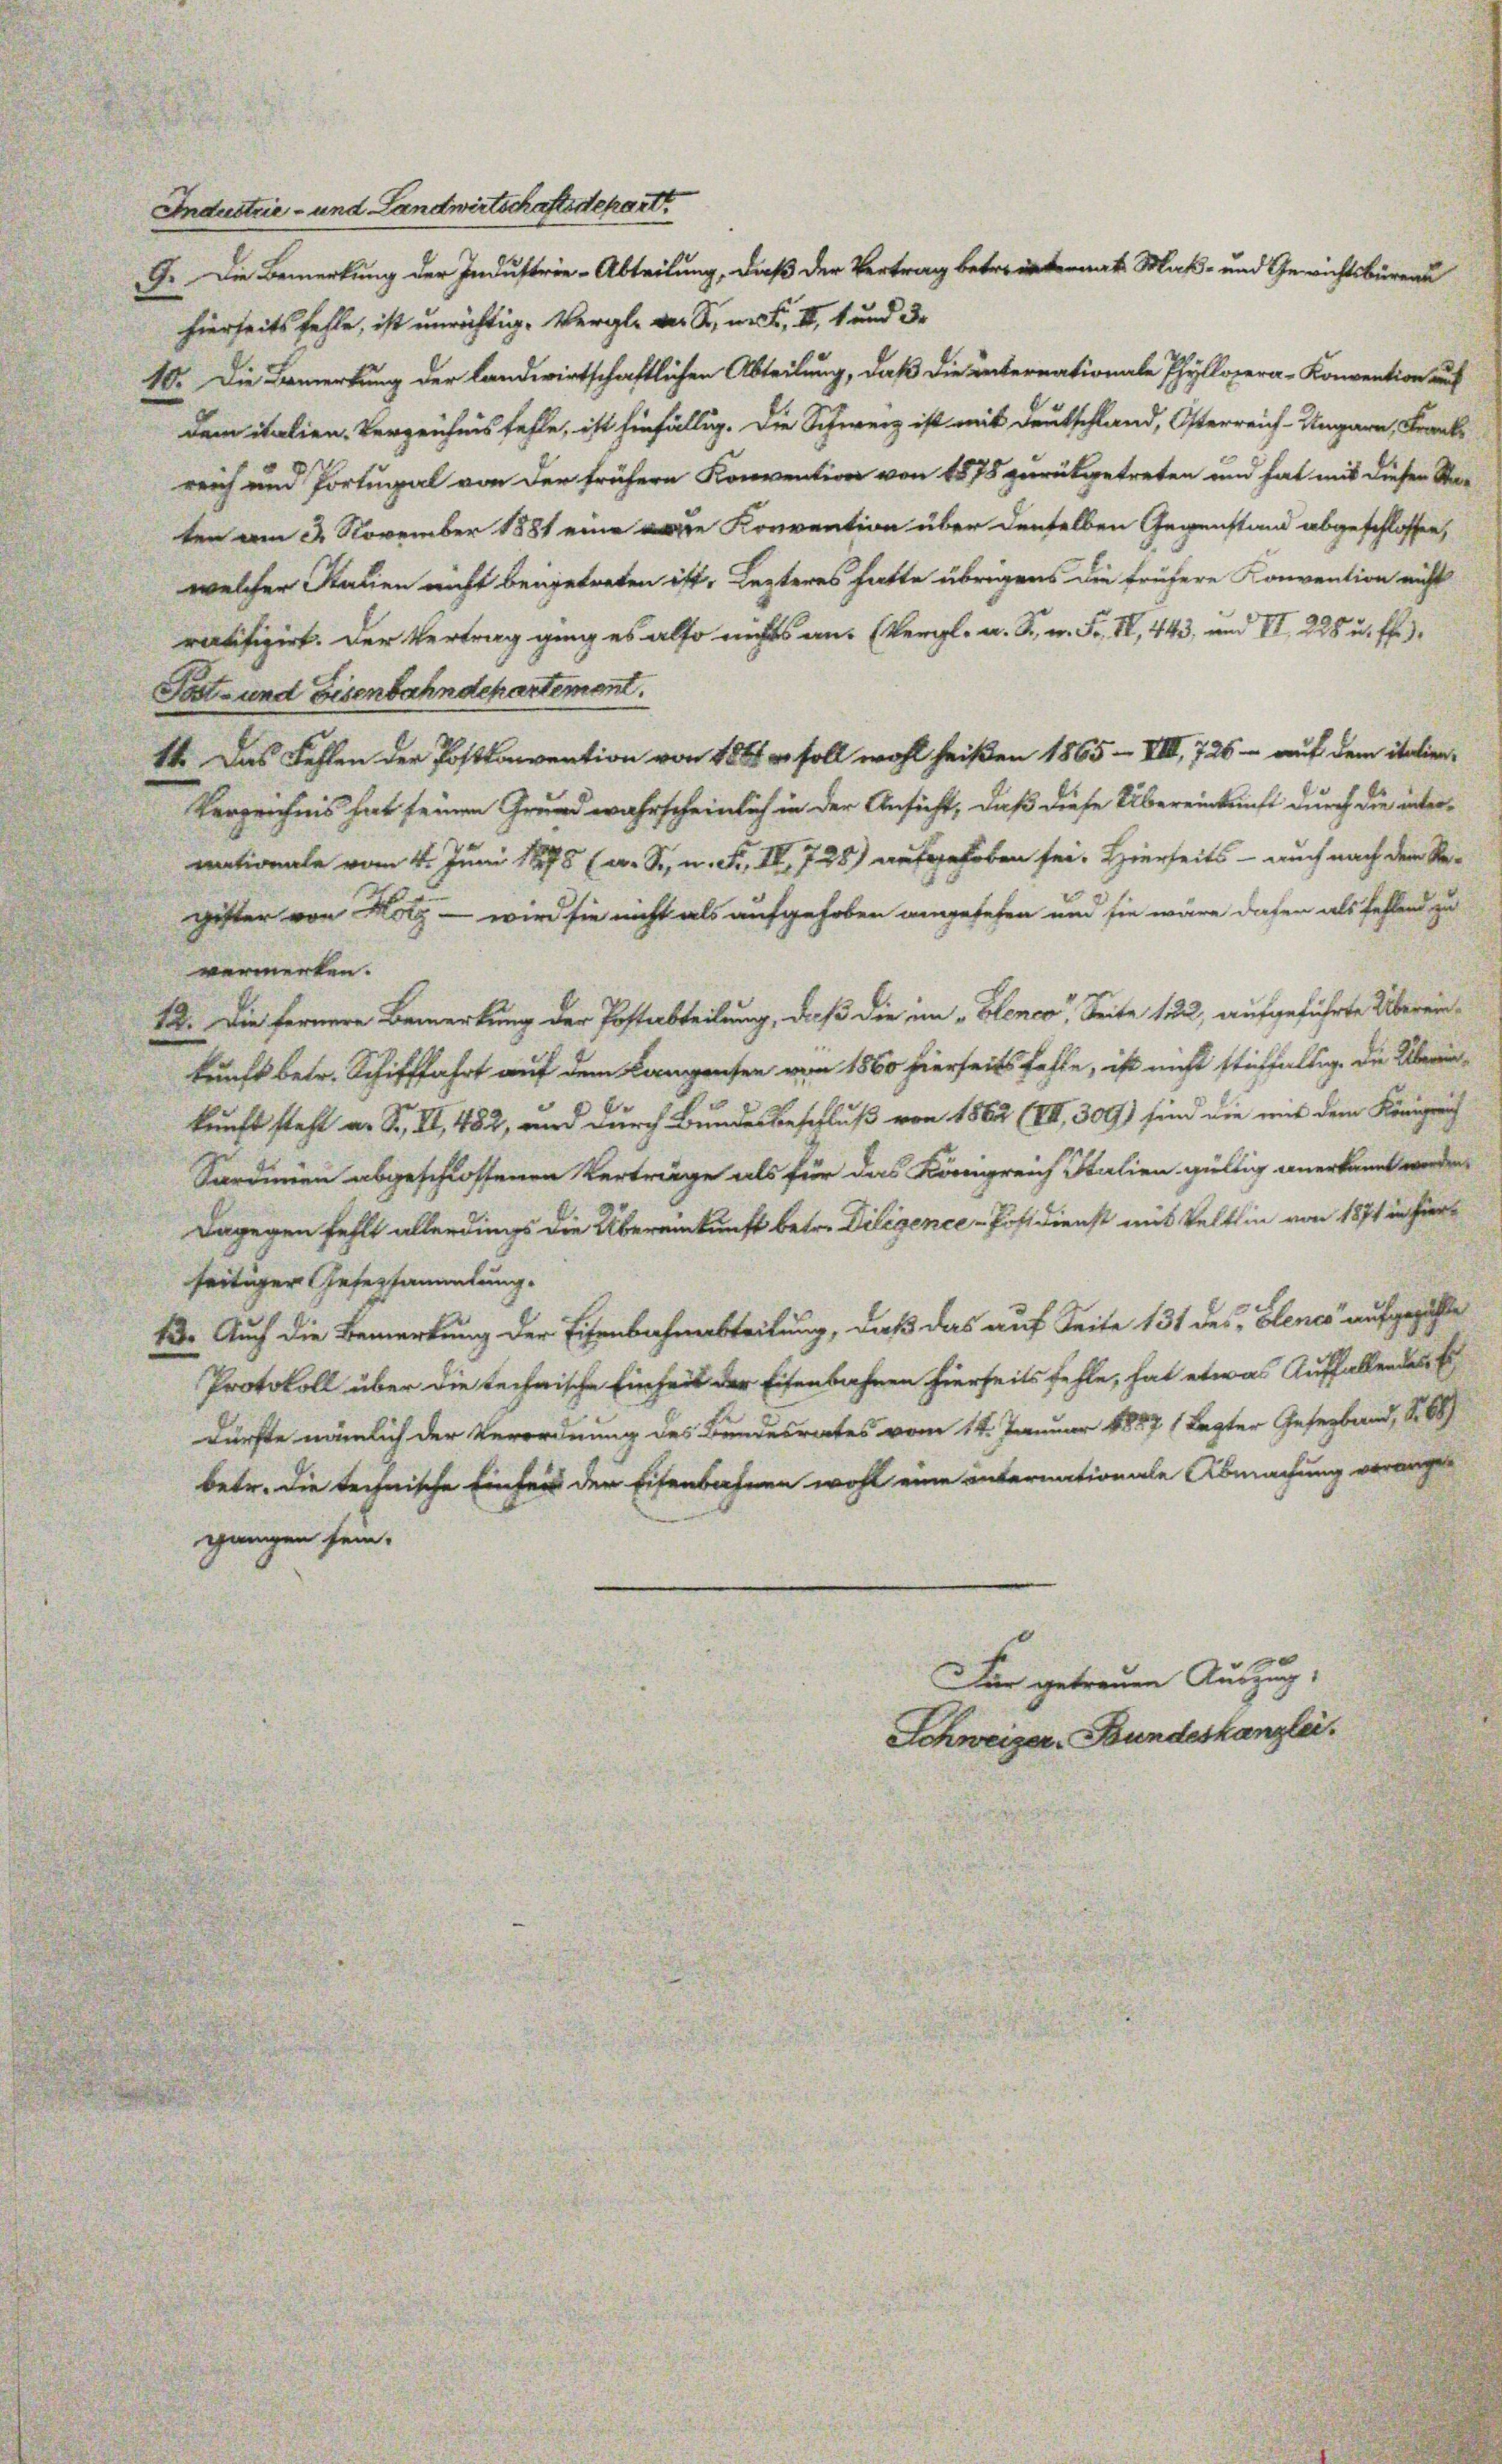
hierseits fehle, ist unrichtige Vergl. der K. wert, II, 1 und de
10. Die Bemerkung der landwirtschaftlichen Abteilung, daß die unternationale Phyllopera-Konvention auf
dem italien Verzeichnis fehle, ist hinfällig. Die Schweiz ist mit Deutschland, Osterreich-Ungarn, Franke
reich und Portugal von der frühere Konvention von 1575 zurückgetreten und hat mit dieser Sta-
ten am 3. November 1881 eine die Konvention über denselben Gegenstand abgeschlossen,
welcher Stalien nicht beigetreten ist, Lezteres hatte übrigens die frühere Konvention nicht
rtifizirt. Der Vertrag ging es also nichts an. (Vergl. a. S. m. Fr. 1, 443, und VI. 228 u. ff.).
Tast- und Eisenbahndepartement.
14. Das Fehlen der Postkonvention von 1861 u. soll wohl heißen 1865 - VIII 726 - auf dem italien¬
Verzeichnis hat seinen Grund wahrscheinlich in der Ansicht, daß diese Übereinkunft durch die überrationale vom 4. Juni 1878 (s. S., n. F. IV 728) aufgehoben sei. Hierseits - auch nach dem Re-
gister von Holz — wird sie nicht als aufgehoben angesehen und sie wäre daten als fehlend zu
vermerken.
12. Die fernere Bemerkung der Postabteilung, daß die im „Blence, Seite 122, aufgeführte Überein-
kunft betr. Schifffahrt auf dem Langesen von 1860 hierseits fehle, ist nicht stichfaltig, die Überein
kunft steht an Sr., II, 482, und durch Bundesbeschluß von 1862 (VII. 309) sind die mit dem Königreich
Sardinien abgeschlossenen Verträge als für das Königreich Italien gültig anerkannt werden,
Dagegen fehlt allerdings die Übereinkunft betr. Diligence -Postdienst mit Velthin von 1871 in hierseitiger Gesersammlung.
13. Auch die Bemerkung der Eisenbahnabteilung, daß das auf Seite 131 des Elence aufgezähle
Protokoll über die technische Einheit der Eisenbahnen hierseits fehle, hat etwas Auffallendes Er
dürfte nämlich der Verordnung des Bundesrates vom 14. Januar 1871 Legter Geserband, S. 68
betr. die technische Einheit der Eisenbahnen wohl eine internationale Abmachung verangegangen sein.
Far getrauen Auszug
Schweizer. Bundeskanzlei

Industrie- und Landwirtschaftsdepart

G. Die Bemerkung der Industrie-Abteilung, daß der Vertrag betreten Maß- und Gewichtsbüreau